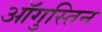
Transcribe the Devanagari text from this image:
ऑगुस्तिन